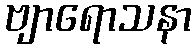
ဗျာရောသနာ